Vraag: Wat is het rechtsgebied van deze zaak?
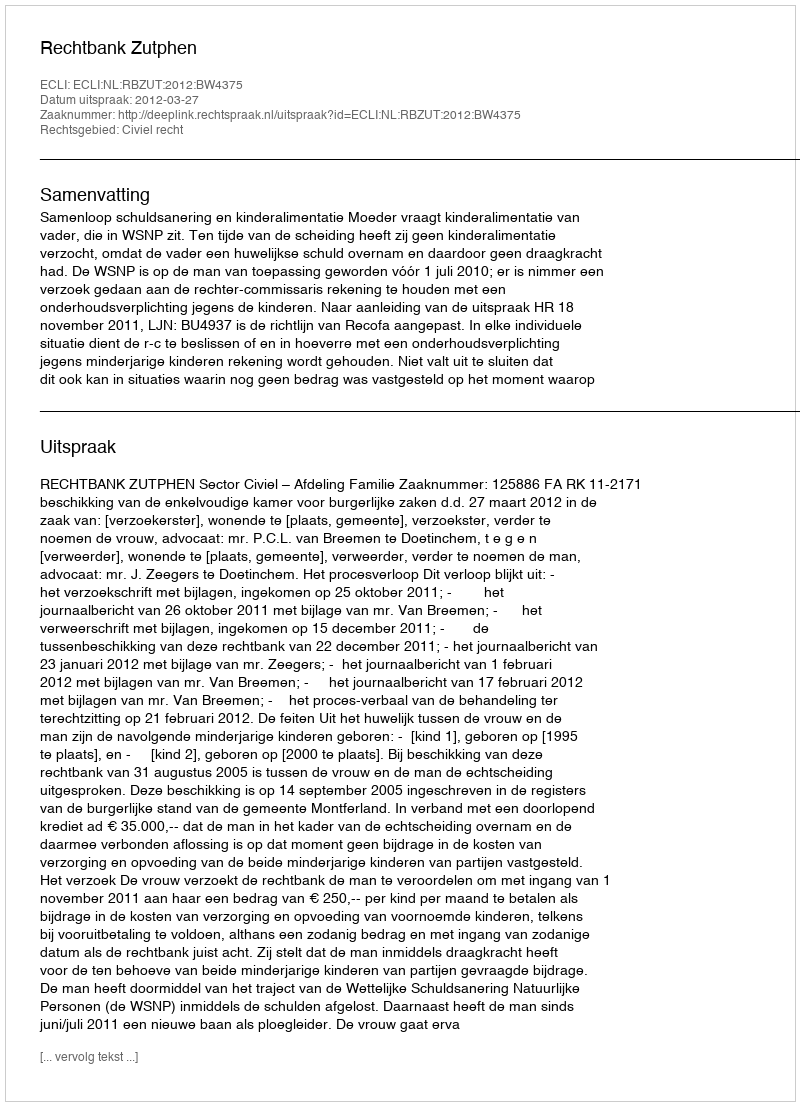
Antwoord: Civiel recht